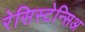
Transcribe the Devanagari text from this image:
रेसिस्टेन्सिअ